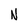
Character: N